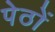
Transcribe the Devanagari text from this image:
पेठों